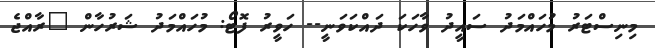
މިނިސްޓަރު މުހައްމަދު ސައީދު ވާހަކަ ދައްކަވަނީ-- ހަވީރު ފޮޓޯ: މުހައްމަދު ޝަރުހާން "ރާއްޖެ